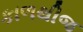
કાળથીજ